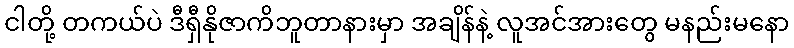
ငါတို့ တကယ်ပဲ ဒီရှီနိုဇာကိဘူတာနားမှာ အချိန်နဲ့ လူအင်အားတွေ မနည်းမနော